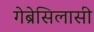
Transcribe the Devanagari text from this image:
गेब्रेसिलासी